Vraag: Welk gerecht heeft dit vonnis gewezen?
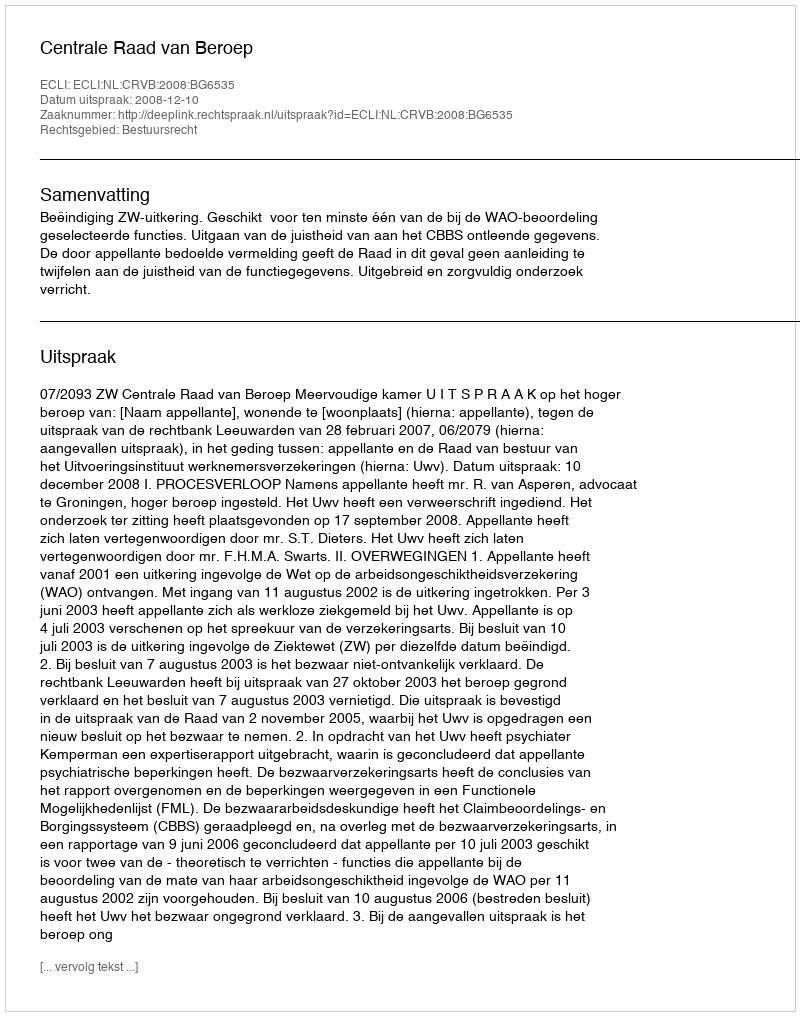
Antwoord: Centrale Raad van Beroep